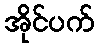
အိုင်ပက်